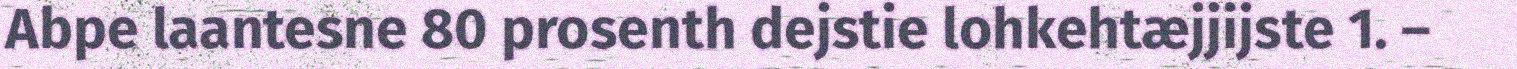
Abpe laantesne 80 prosenth dejstie lohkehtæjjijste 1. –